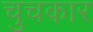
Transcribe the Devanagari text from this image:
चुचकार